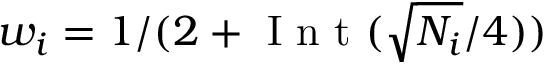
w _ { i } = 1 / ( 2 + \mathrm { ~ I ~ n ~ t ~ } ( \sqrt { N _ { i } } / 4 ) )